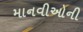
માનવીઓની